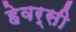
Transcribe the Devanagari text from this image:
हेवर्सी